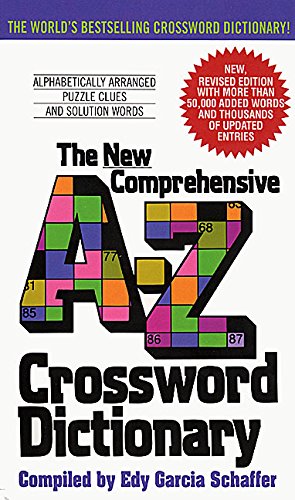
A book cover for New Comprehensive A-Z Crossword Dictionary; Edy G. Schaffer; Humor & Entertainment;